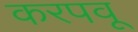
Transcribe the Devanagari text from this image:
करपवू